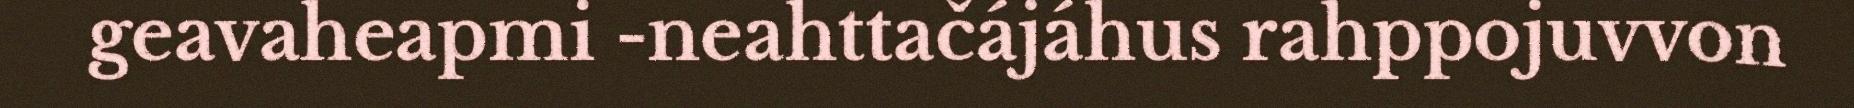
geavaheapmi -neahttačájáhus rahppojuvvon